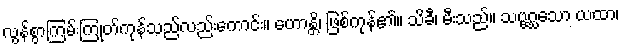
လွန်စွာကြမ်းကြုတ်ကုန်သည်လည်းကောင်း။ ဟောန္တိ၊ ဖြစ်ကုန်၏။ သိခီ၊ မီးသည်။ သဗ္ဗဂ္ဃသော ယထာ၊